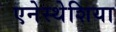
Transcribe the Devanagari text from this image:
एनेस्थेशिया